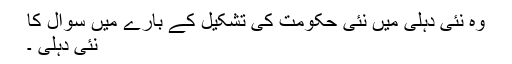
وہ نئی دہلی میں نئی حکومت کی تشکیل کے بارے میں سوال کا
نئی دہلی ۔